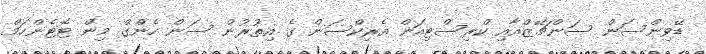
ޑޭވިންސަން ސަންޗޭޒްއާއި ކްރިސްޓިއަން އެރިކްސަން ގެ އިތުރުން ސަން ހެންގް މިން ޓޮޓެންހަމް